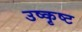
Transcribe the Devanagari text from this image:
उष्कृष्ट